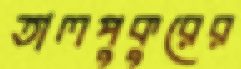
তালপুকুরের